Report of the Indian Hemp Drugs Commission, 1894-1895 - Volume III
Year: 1894
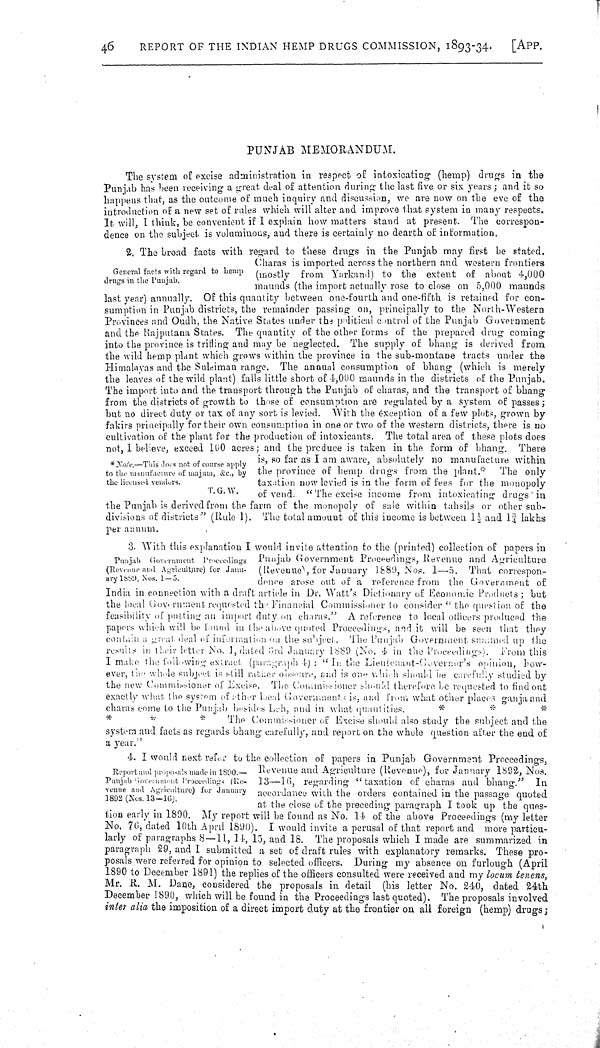
46
REPORT OF THE INDIAN HEMP DRUGS COMMISSION, 1893-34.
[APP.
PUNJAB MEMORANDUM.
The system of excise administration in respect of intoxicating (hemp) drugs in the
Punjab has been receiving a great deal of attention during the last five or six years; and it so
happens that, as the outcome of much inquiry and discussion, we are now on the eve of the
introduction of a new set of rules which will alter and improve that system in many respects.
It will, I think, be convenient if I explain how matters stand at present. The correspon-
dence on the subject is voluminous, and there is certainly no dearth of information.
General facts with regard to hemp
drugs in the Punjab.
* Note.—This does not of course apply
to the manufacture of majum, &c., by
the licensed vendors.
T. G. W.
2. The broad facts with regard to these drugs in the Punjab may first be stated.
Charas is imported across the northern and western frontiers
(mostly from Yarkand) to the extent of about 4,000
maunds (the import actually rose to close on 5,000 maunds
last year) annually. Of this quantity between one-fourth and one-fifth is retained for con-
sumption in Punjab districts, the remainder passing on, principally to the North-Western
Provinces and Oudh, the Native States under the political control of the Punjab Government
and the Rajputana States. The quantity of the other forms of the prepared drug coming
into the province is trifling and may be neglected. The supply of bhang is derived from
the wild hemp plant which grows within the province in the sub-montane tracts under the
Himalayas and the Suleiman range. The annual consumption of bhang (which is merely
the leaves of the wild plant) falls little short of 4,000 maunds in the districts of the Punjab.
The import into and the transport through the Punjab of charas, and the transport of bhang
from the districts of growth to those of consumption are regulated by a system of passes;
but no direct duty or tax of any sort is levied. With the exception of a few plots, grown by
fakirs principally for their own consumption in one or two of the western districts, there is no
cultivation of the plant for the production of intoxicants. The total area of these plots does
not, I believe, exceed 100 acres; and the produce is taken in the form of bhang. There
is, so far as I am aware, absolutely no manufacture within
the province of hemp drugs from the plant.* The only
taxation now levied is in the form of fees for the monopoly
of vend. "The excise income from intoxicating drugs in
the Punjab is derived from the farm of the monopoly of sale within tahsils or other sub-
divisions of districts" (Rule 1). The total amount of this income is between 1½ and 1¾ lakhs
per annum.
Punjab Government Proceedings
(Revenue and Agriculture) for Janu-
ary 1889, Nos. 1—5.
3. With this explanation I would invite attention to the (printed) collection of papers in
Punjab Government Proceedings, Revenue and Agriculture
(Revenue), for January 1889, Nos. 1—5. That correspon-
dence arose out of a reference from the Government of
India in connection with a draft article in Dr. Watt's Dictionary of Economic Products; but
the local Government requested the Financial Commissioner to consider "the question of the
feasibility of putting an import duty on charas," A reference to local officers produced the
papers which will be found in 1 the above quoted Proceedings, and it will be seen that they
contain a great deal of information on the subject. The Punjab Government summed up the
results in their letter No. 1, dated 3rd January 1889 (No. 4 in the Proceedings). From this
I make the following extract (paragraph 4): " In the Lieutenant-Governor's opinion, how-
ever, the whole subject is still rather observe, and is one which should be carefully studied by
the new Commissioner of Excise. The Commissioner should therefore be requested to find out
exactly what the system of other local Governments is, and from what other places ganja and
charas come to the Punjab besides Leh, and in what quantities.
*
*
*
*
*
*
The Commissioner of Excise should also study the subject and the
system and facts as regards bhang carefully, and report on the whole question after the end of
a year."
Report and proposals made in 1890.—
Punjab Government Proceedings (Re-
venue and Agriculture) for January
1892 (Nos.13—16).
4. I would next refer to the collection of papers in Punjab Government Proceedings,
Revenue and Agriculture (Revenue), for January 1892, Nos.
13—16, regarding "taxation of charas and bhang." In
accordance with the orders contained in the passage quoted
at the close of the preceding paragraph I took up the ques-
tion early in 1890. My report will be found as No. 14 of the above Proceedings (my letter
No. 76, dated 10th April 1890). I would invite a perusal of that report and more particu-
larly of paragraphs 8—11, 14, 15, and 18. The proposals which I made are summarized in
paragraph 29, and I submitted a set of draft rules with explanatory remarks. These pro-
posals were referred for opinion to selected officers. During my absence on furlough (April
1890 to December 1891) the replies of the officers consulted were received and my locum tenens,
Mr. R. M. Dane, considered the proposals in detail (his letter No. 240, dated 24th
December 1890, which will be found in the Proceedings last quoted). The proposals involved
inter alia the imposition of a direct import duty at the frontier on all foreign (hemp) drugs;